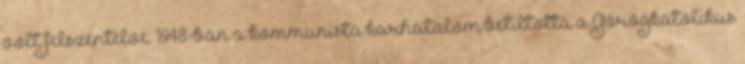
volt felszentelve. 1948-ban a kommunista karhatalom betiltotta a Görögkatolikus